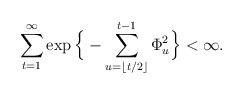
LaTeX: \begin{align*}\sum_{t=1}^\infty\exp\Big\{-\sum_{u=\lfloor t/2\rfloor}^{t-1}\Phi_u^2\Big\}<\infty. \end{align*}